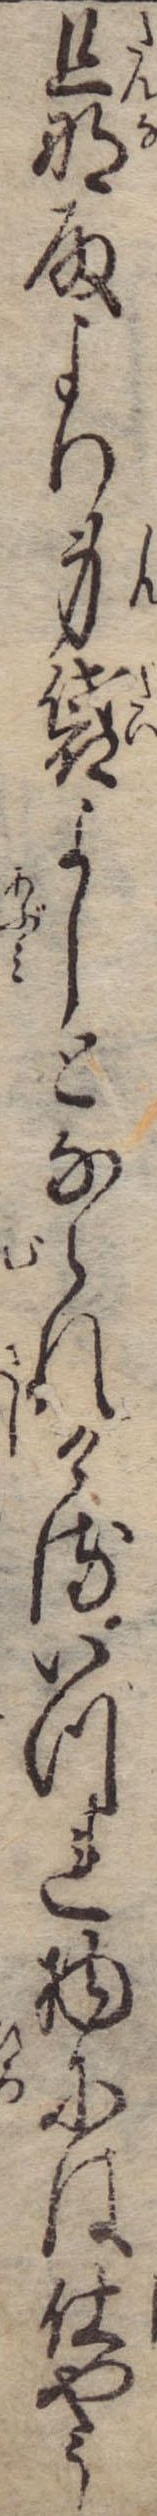
旦那殿より身袋よしとなられけるいづれ物には仕やう